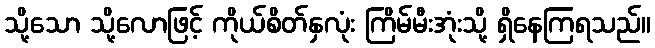
သို့သော သို့လောဖြင့် ကိုယ်စိတ်နှလုံး ကြိမ်မီးအုံးသို့ ရှိနေကြရသည်။